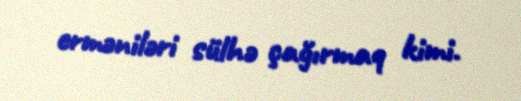
erməniləri sülhə çağırmaq kimi.